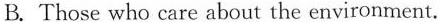
B.Those who care about the environment.